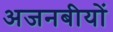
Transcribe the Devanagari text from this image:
अजनबीयों